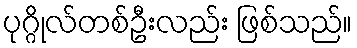
ပုဂ္ဂိုလ်တစ်ဦးလည်း ဖြစ်သည်။